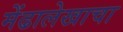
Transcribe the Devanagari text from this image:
मेंढालेखाचा